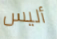
أليس